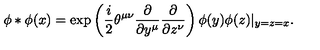
\phi * \phi ( x ) = \exp \left( \frac { i } { 2 } \theta ^ { \mu \nu } \frac { \partial } { \partial y ^ { \mu } } \frac { \partial } { \partial z ^ { \nu } } \right) \phi ( y ) \phi ( z ) | _ { y = z = x } .